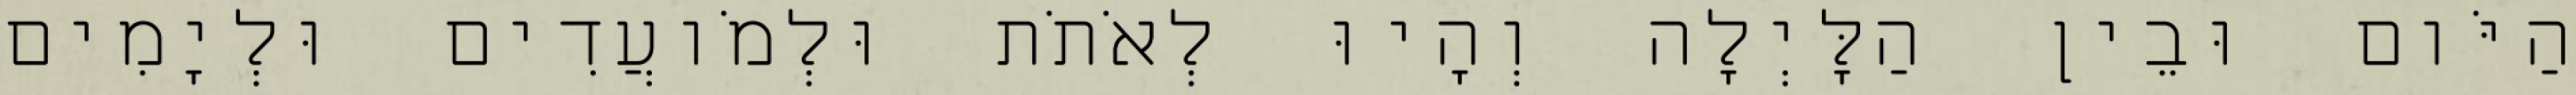
הַיֹּום וּבֵין הַלָּיְלָה וְהָיוּ לְאֹתֹת וּלְמֹועֲדִים וּלְיָמִים